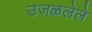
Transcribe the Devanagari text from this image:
उजळलेले